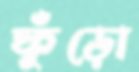
ফুঁড়ো